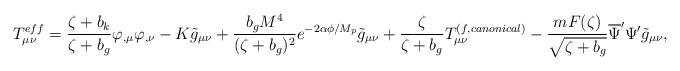
LaTeX: \begin{align*}T_{\mu\nu}^{eff}=\frac{\zeta +b_{k}}{\zeta +b_{g}}\varphi_{,\mu}\varphi_{,\nu}-K\tilde{g}_{\mu\nu}+\frac{b_{g}M^{4}}{(\zeta +b_{g})^{2}}e^{-2\alpha\phi/M_{p}}\tilde{g}_{\mu\nu}+\frac{\zeta}{\zeta +b_{g}}T_{\mu\nu}^{(f,canonical)}-\frac{mF(\zeta)}{\sqrt{\zeta +b_{g}}}\overline{\Psi}^{\prime}\Psi^{\prime}\tilde{g}_{\mu\nu}, \end{align*}